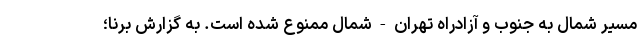
مسیر شمال به جنوب و آزادراه تهران - شمال ممنوع شده است. به گزارش برنا؛